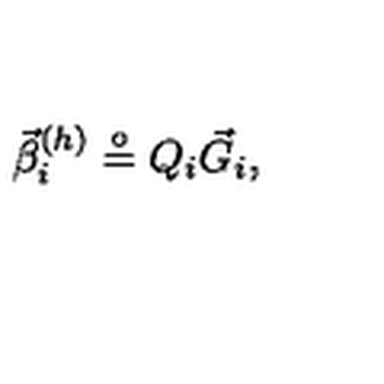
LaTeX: \vec { \beta } _ { i } ^ { ( h ) } \stackrel { \circ } { = } { Q } _ { i } \vec { G } _ { i } ,